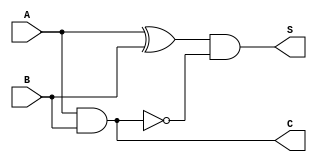
module threshold_half_adder (
    input wire A,  // First binary input
    input wire B,  // Second binary input
    output wire S, // Sum output
    output wire C  // Carry output
);

    // Sum output: A XOR B with threshold logic
    assign S = (A ^ B) & ~(A & B); // S = (A XOR B) AND NOT (A AND B)

    // Carry output: A AND B
    assign C = A & B; // C = A AND B

endmodule